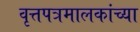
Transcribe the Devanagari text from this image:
वृत्तपत्रमालकांच्या